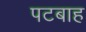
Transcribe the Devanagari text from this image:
पटबाह